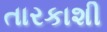
તારકાશી